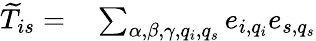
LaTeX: \begin{array}{rl}{\widetilde{T}_{is}=}&{{}\sum_{\alpha,\beta,\gamma,q_{i},q_{s}}e_{i,q_{i}}e_{s,q_{s}}}\end{array}